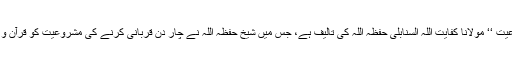
زیر نظر رسالہ ’’ چار دن قربانی کی مشروعیت ‘‘ مولانا کفایت اللہ السنابلی حفظہ اللہ کی تالیف ہے، جس میں شیخ حفظہ اللہ نے چار دن قربانی کرنے کی مشروعیت کو قرآن و حدیث سے دلائل دیتے ہوئے ثابت کیا ہے ۔